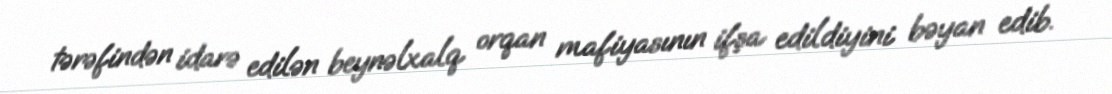
tərəfindən idarə edilən beynəlxalq orqan mafiyasının ifşa edildiyini bəyan edib.